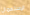
الإستعمال